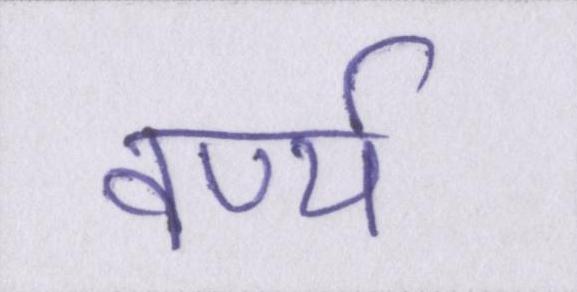
वर्ण्य